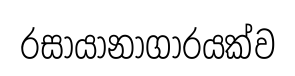
රසායානාගාරයක්ව